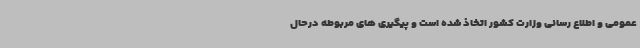
عمومی و اطلاع رسانی وزارت کشور اتخاذ شده است و پیگیری های مربوطه درحال